system: You are a helpful assistant.
user:
Analyze the provided spectrum to determine if it is a **Carbon Star (C-type)**.

- **Key Visual Indicators of Carbon Star:**
    - **(Primary):** Strong molecular absorption from **C₂ (diatomic carbon) "Swan Bands."** This is the **defining feature** of a carbon star.
        - **(Key Bandheads):** Sharp absorption edges are visible at approximately $5635$ Å, $5165$ Å (the strongest band), and $4737$ Å.
        - **(Line Profile):** Creates a distinct **"saw-tooth"** pattern. The key morphology is a sharp, steep bandhead on the **red (long-wavelength) side**, which then gradually tapers off (i.e., flux recovers) towards the **blue (short-wavelength) side**. *(This is the direct opposite of the TiO bands seen in M-type stars)*.

    - **(Secondary):** Intense **CN (cyanogen)** molecular absorption bands.
        - **(Key Bandheads):** Located in the blue and violet regions of the spectrum (e.g., near $4215$ Å and $3883$ Å).
        - **(Morphology):** These bands are extremely broad and act as a "blanket," absorbing the vast majority of blue and violet light. This creates a characteristic **"cliff"** or **"steep drop-off"** in the spectrum's flux at short wavelengths.

    - **(Key Confirmation):** Strong **CH absorption band (G-band)**.
        - **(Key Bandhead):** Located around $4300$ Å. The contribution from CH molecules to this band is exceptionally strong.

    - **(Overall Spectrum):**
        - The continuum is severely "chopped up" by these deep molecular bands, especially C₂, rather than appearing as a smooth curve.
        - Due to the heavy CN and C₂ absorption in the blue-green, the vast majority of the star's flux is concentrated in the red part of the spectrum, giving the star its characteristic deep red color.

Think first, call **spectral_visualization_tool** if needed to examine features in detail, then provide your final answer. Your response must adhere to the following strict rules:
1.  **Overall Structure:** Your response must follow the format `<think>...</think> <tool_call>...</tool_call> (if a tool is used) <answer>...</answer>`.
2.  **Tool Usage Constraint:** You may only make **one** tool call per turn.
3.  **Final Answer Format:** In the `<answer>` tag, your conclusion must be inside a `\boxed{}` command (e.g., `\boxed{YES}`), followed by your justification.

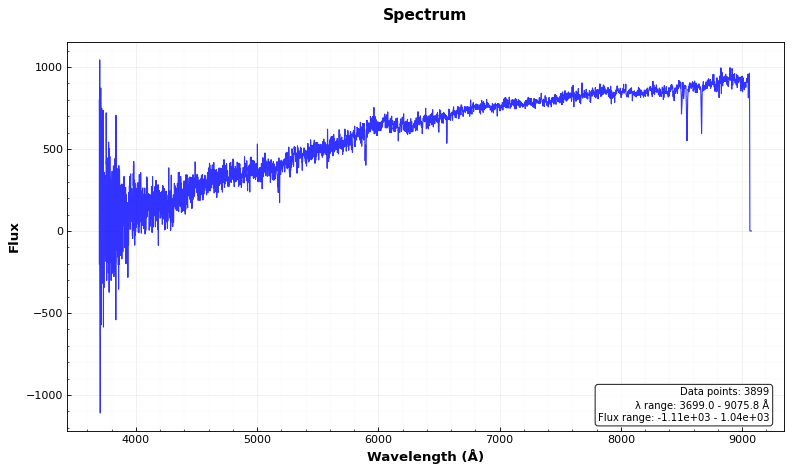
Answer: NO